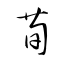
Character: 荀